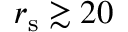
r _ { \mathrm { s } } \gtrsim 2 0